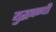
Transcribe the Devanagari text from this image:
युद्धबन्धी